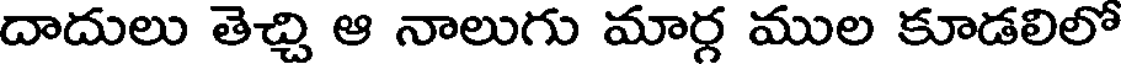
దాదులు తెచ్చి ఆ నాలుగు మార్గ ముల కూడలిలో